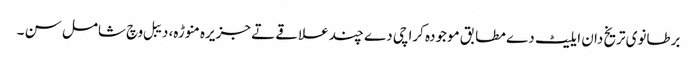
برطانوی تریخ دان ایلیٹ دے مطابق موجودہ کراچی دے چند علاقے تے جزیرہ منوڑہ، دیبل وچ شامل سن ۔